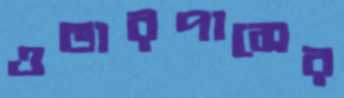
ওভারপাসের